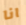
انا